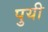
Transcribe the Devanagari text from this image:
पुयी